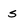
Character: s